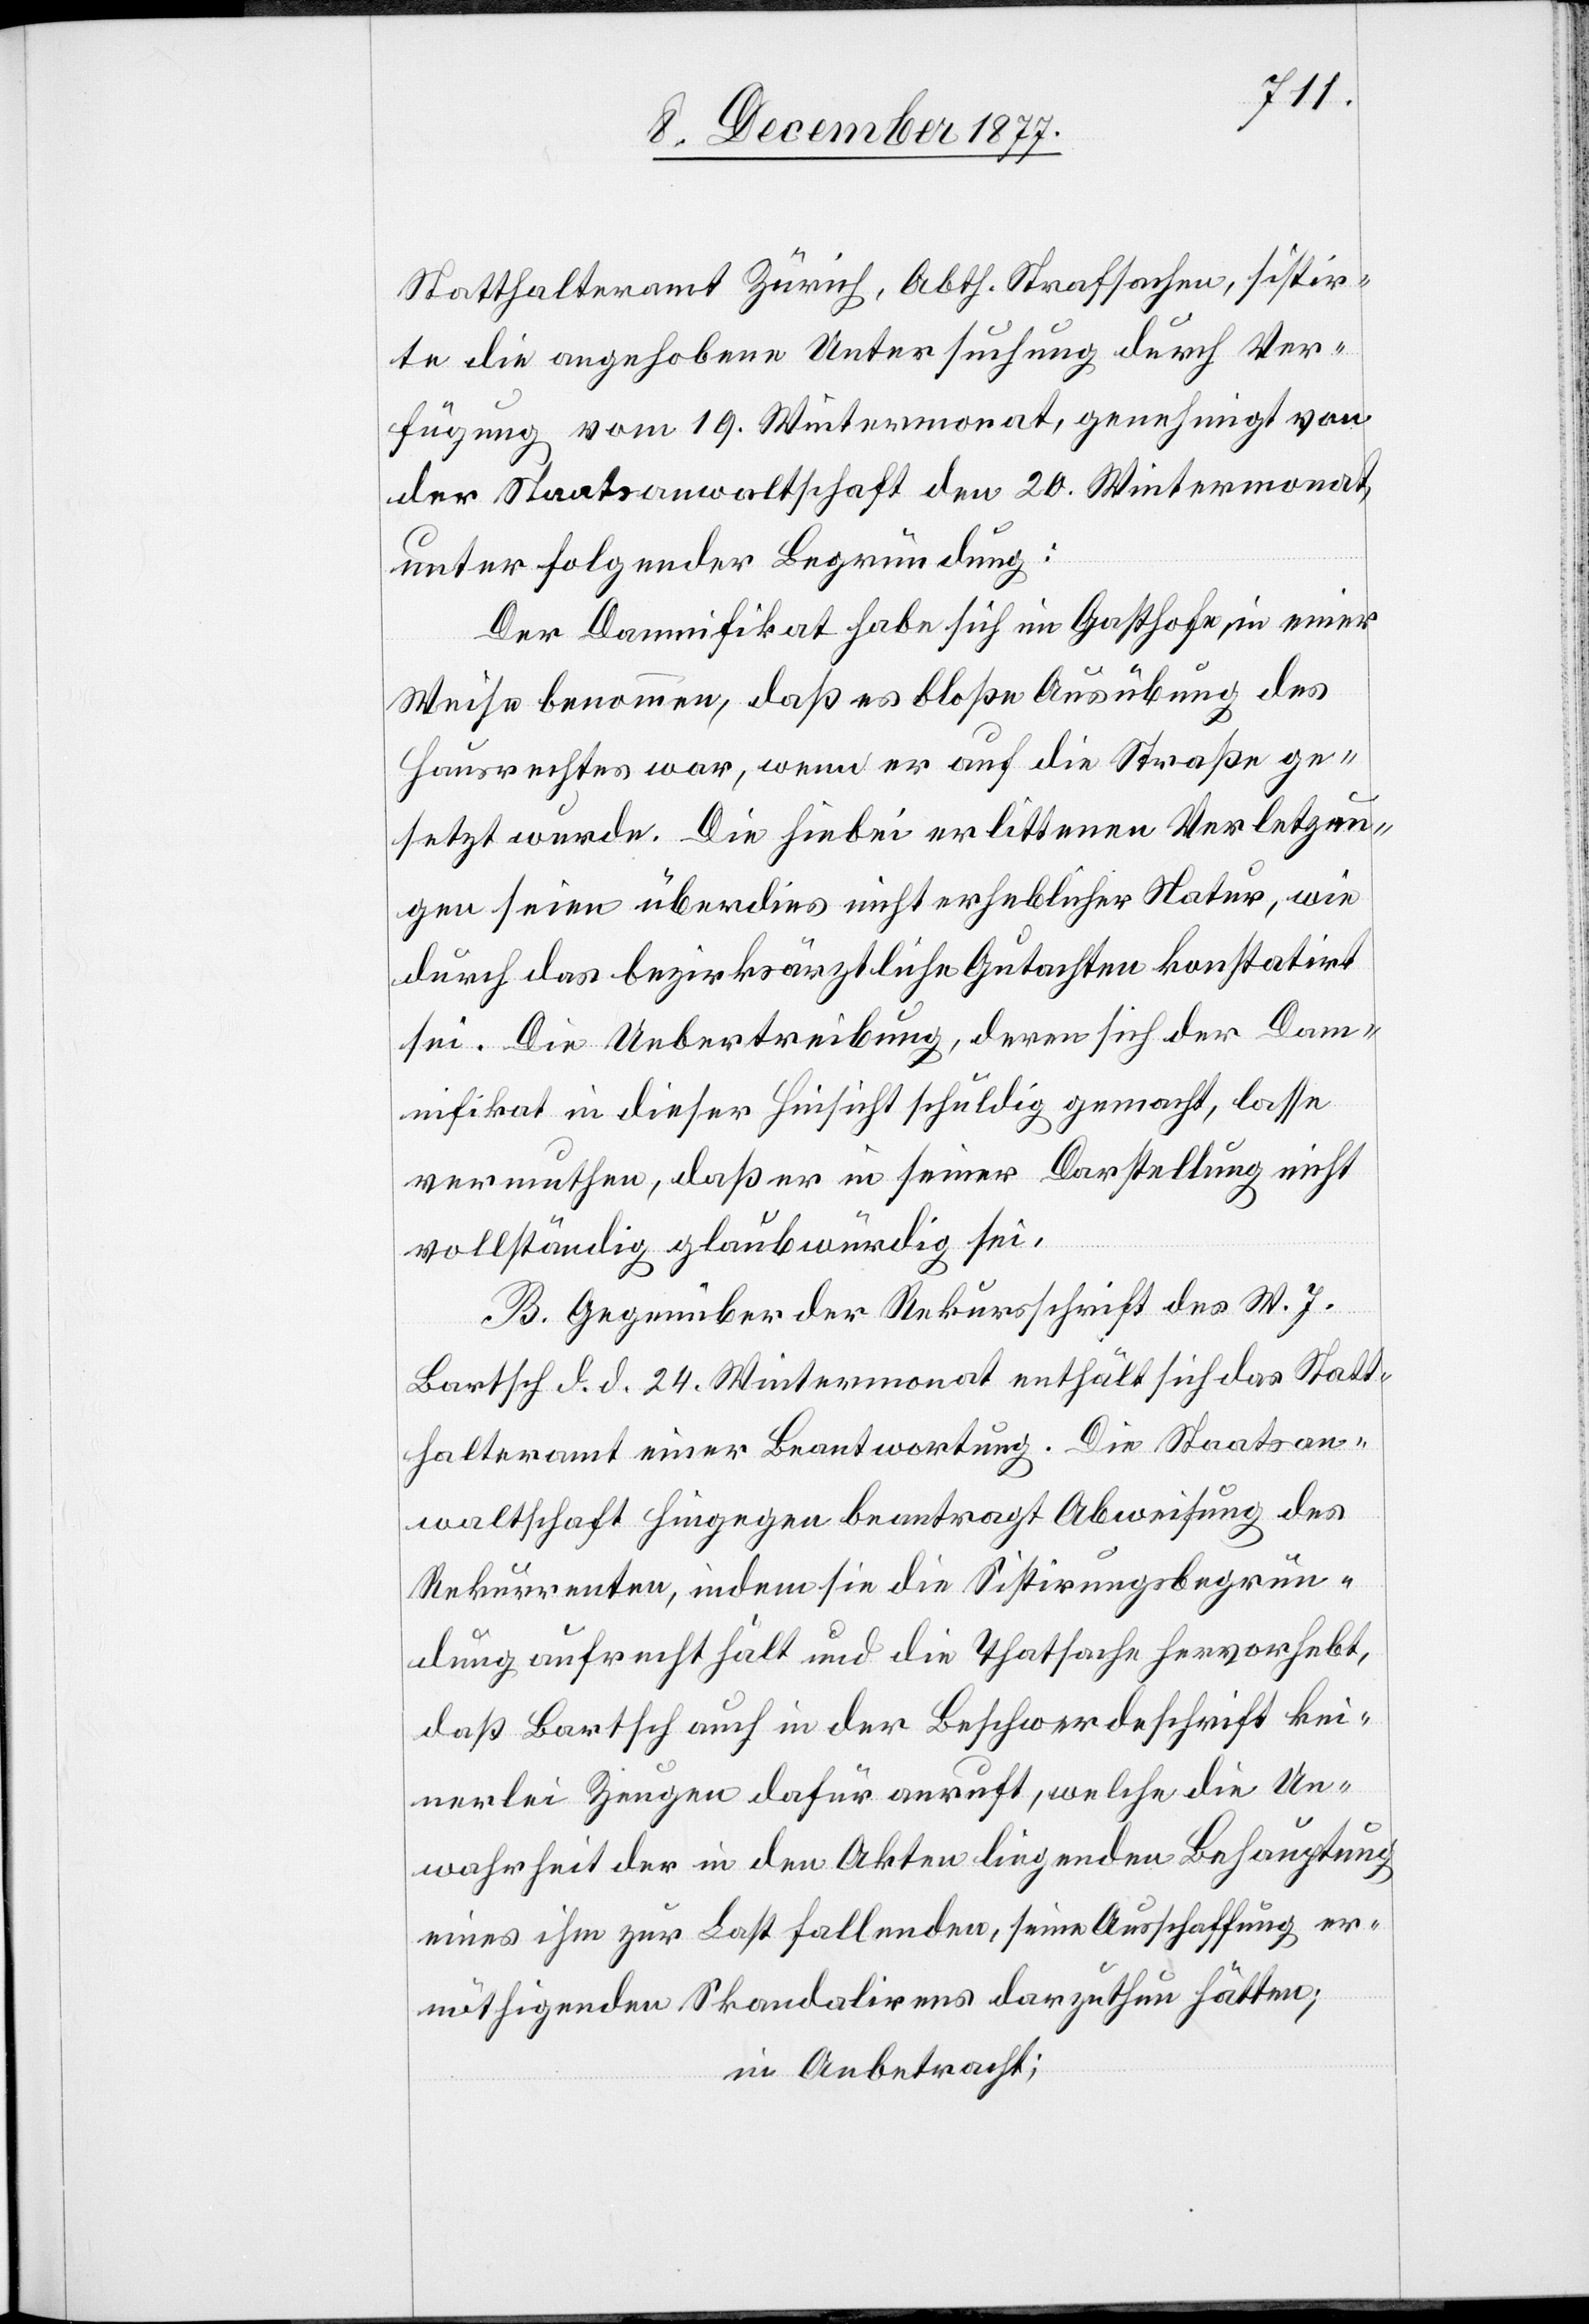
Statthalteramt Zürich, Abth. Strafsachen, sistir¬
te die angehobene Untersuchung durch Ver¬
fügung vom 19. Wintermonat, genehmigt von
der Staatsanwaltschaft den 20. Wintermonat,
unter folgender Begründung:
Der Damnifikat habe sich im Gasthofe in einer
Weise benommen, daß es bloße Ausübung des
Hausrechtes war, wenn er auf die Straße ge¬
setzt wurde. Die hiebei erlittenen Verletzun¬
gen seien überdies nicht erheblicher Natur, wie
durch das bezirksärztliche Gutachten konstatirt
sei. Die Uebertreibung, deren sich der Dam¬
nifikat in dieser Hinsicht schuldig gemacht, lasse
vermuthen, daß er in seiner Darstellung nicht
vollständig glaubwürdig sei.
B. Gegenüber der Rekursschrift des W. J.
Bartsch d. d. 24. Wintermonat enthält sich das Statt¬
halteramt einer Beantwortung. Die Staatsan¬
waltschaft hingegen beantragt Abweisung des
Rekurrenten, indem sie die Sistirungsbegrün¬
dung aufrecht hält und die Thatsache hervorhebt,
daß Bartsch auch in der Beschwerdeschrift kei¬
nerlei Zeugen dafür anruft, welche die Un¬
wahrheit der in den Akten liegenden Behauptung
eines ihm zur Last fallenden, seine Ausschaffung er¬
nöthigenden Skandalirens darzuthun hätten;
in Anbetracht;